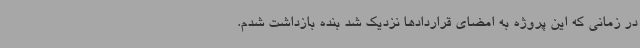
در زمانی که این پروژه به امضای قراردادها نزدیک شد بنده بازداشت شدم.